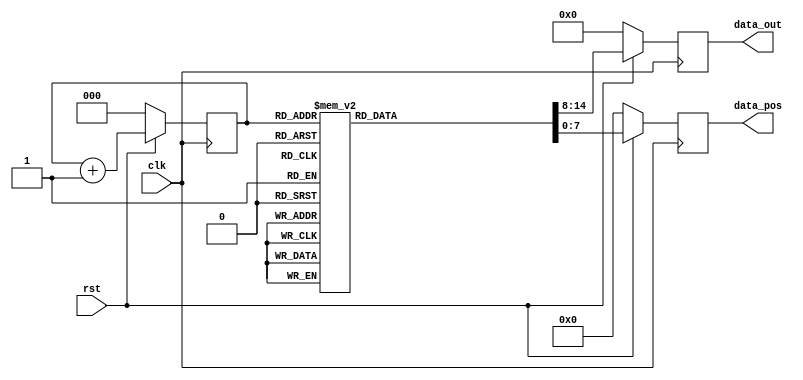
module seven_segment (
    input clk, rst,
    output reg [7-1:0] data_out,
    output reg [8-1:0] data_pos
);
    reg [3-1:0] count_q, count_d;

always @(posedge clk) begin
    if(~rst) begin
        data_pos <= 8'b0;
        data_out <= 7'b0;
        count_q <= 3'b0;
    end
    else begin
        count_q <= count_d;
        case(count_q)
        3'b000: begin
            data_pos <= 8'b1111_1110;
            data_out <= 7'b100_1111;
        end
        3'b001: begin
            data_pos <= 8'b1111_1101;
            data_out <= 7'b0;
        end
        3'b010: begin
            data_pos <= 8'b1111_1011;
            data_out <= 7'b0;
        end
        3'b011: begin
            data_pos <= 8'b1111_0111;
            data_out <= 7'b0;
        end
        3'b100: begin
            data_pos <= 8'b1110_1111;
            data_out <= 7'b0;
        end
        3'b101: begin
            data_pos <= 8'b1101_1111;
            data_out <= 7'b0;
        end
        3'b110: begin
            data_pos <= 8'b1011_1111;
            data_out <= 7'b0;
        end
        3'b111: begin
            data_pos <= 8'b0111_1111;
            data_out <= 7'b000_0110;
        end
        endcase
    end
end

always @(*) begin
    count_d = count_q + 3'b1;
end

endmodule